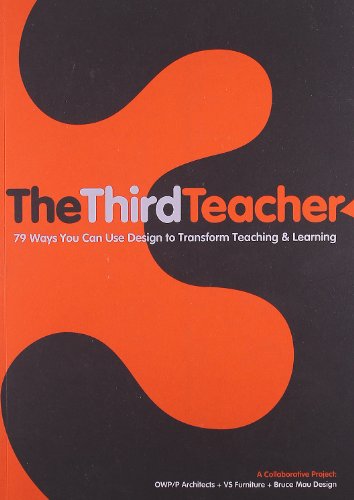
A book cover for The Third Teacher; O'Donnell Wicklund Pigozzi and Peterson; Arts & Photography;